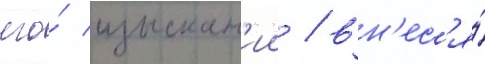
его́ изыскан'ии / вн'ес'я́